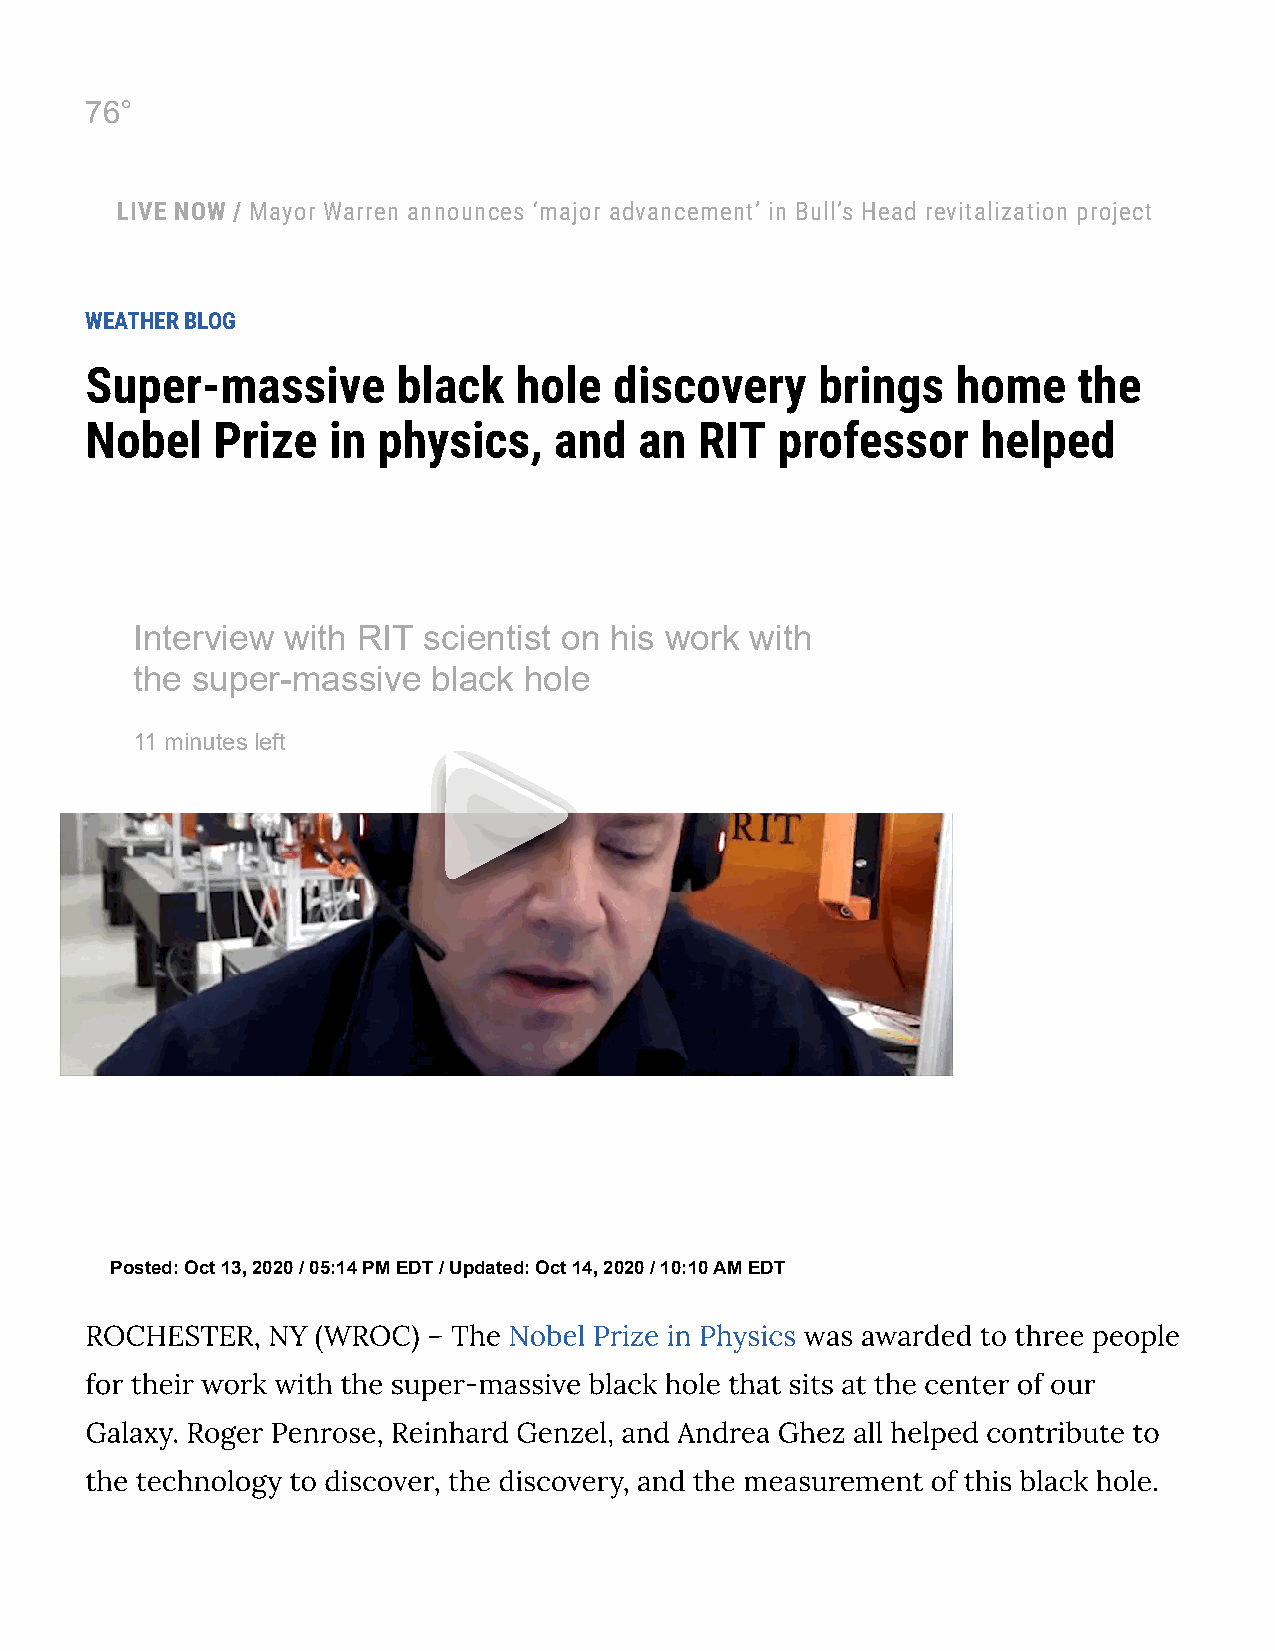
76°
 LIVE NOW / Mayor Warren announces ‘major advancement’ in Bull’s Head revitalization project
 WEATHER BLOG
 Super-massive       black   hole   discovery    brings   home    the
 Nobel   Prize   in physics,    and  an  RIT  professor     helped
 Interview with RIT scientist on his work with
 the super-massive   black hole
 11 minutes left
 Posted: Oct 13, 2020 / 05:14 PM EDT / Updated: Oct 14, 2020 / 10:10 AM EDT
 ROCHESTER,  NY (WROC) – The Nobel Prize in Physics was awarded to three people
 for their work with the super-massive black hole that sits at the center of our
 Galaxy. Roger Penrose, Reinhard Genzel, and Andrea Ghez all helped contribute to
 the technology to discover, the discovery, and the measurement of this black hole.